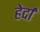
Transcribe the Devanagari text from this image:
हेर्दा